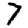
Digit: 7